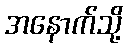
အနောက်သို့